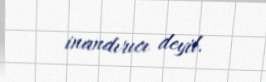
inandırıcı deyil.